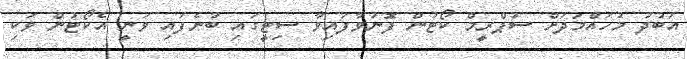
އަބުދު މުހައްމަދަށް ސުޕްރީމް ކޯޓުން ފޮނުވާފައިވާ ސިޓީގައި ބުނެފައި ވަނީ އެކޯޓުން ވަކި